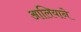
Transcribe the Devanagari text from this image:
आलियाने